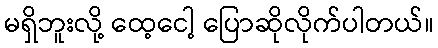
မရှိဘူးလို့ ထေ့ငေါ့ ပြောဆိုလိုက်ပါတယ်။